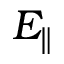
E _ { \parallel }